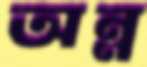
অন্ন